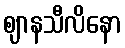
ဈာနသီလိနော